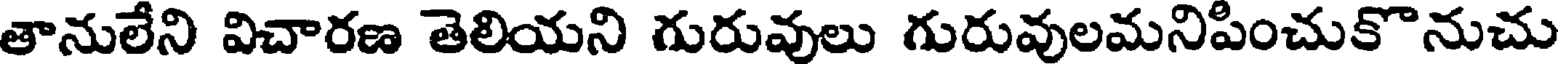
తానులేని విచారణ తెలియని గురువులు గురువులమనిపించుకొనుచు